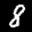
Label: 8